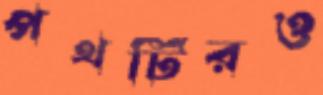
পথটিরও